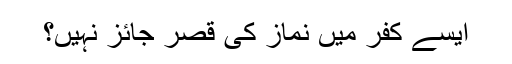
ایسے کفر میں نماز کی قصر جائز نہیں؟